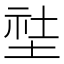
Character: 𱗇